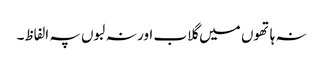
نہ ہاتھوں میں گلاب اور نہ لبوں پہ الفاظ۔